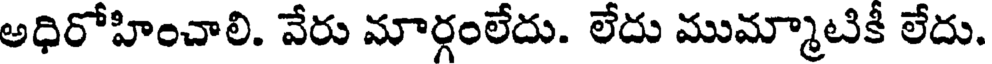
అధిరోహించాలి. వేరు మార్గంలేదు. లేదు ముమ్మాటికీ లేదు.